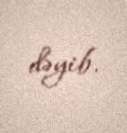
dəyib.